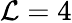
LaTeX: \mathcal{L}=4